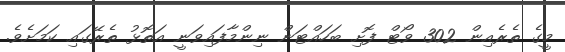
މީގެ ތެރެއިން 302 ވޯޓް ފޮށި ބަހައްޓަން ނިންމާފައިވަނީ އަތޮޅު ތެރޭގައި ކަމަށެވެ.